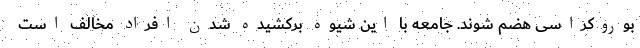
بوروکراسی هضم شوند. جامعه با این شیوه برکشیده‌ شدن افراد مخالف است